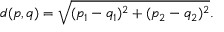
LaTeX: d ( p , q ) = { \sqrt { ( p _ { 1 } - q _ { 1 } ) ^ { 2 } + ( p _ { 2 } - q _ { 2 } ) ^ { 2 } } } .